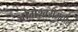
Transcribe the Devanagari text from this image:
जोगेश्वरीमधील